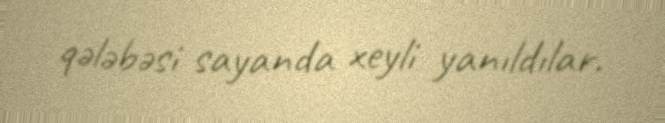
qələbəsi sayanda xeyli yanıldılar.